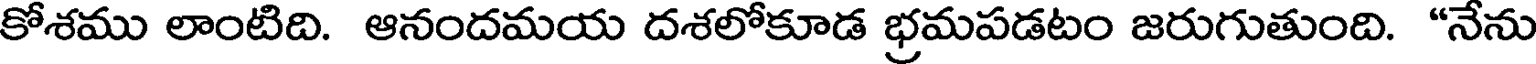
కోశము లాంటిది. ఆనందమయ దశలోకూడ భ్రమపడటం జరుగుతుంది. "నేను